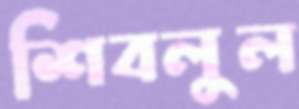
শিবলুল